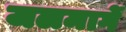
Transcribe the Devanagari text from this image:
जलमार्गे